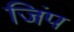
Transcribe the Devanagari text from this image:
जिंप